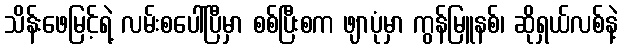
သိန်းဖေမြင့်ရဲ့ လမ်းစပေါ်ပြီမှာ စစ်ပြီးစက ဖျာပုံမှာ ကွန်မြူနစ်၊ ဆိုရှယ်လစ်နဲ့